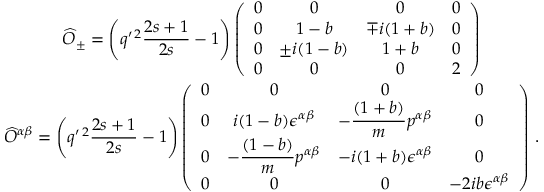
\begin{array} { c } { { \displaystyle \widehat O _ { \pm } = \left( q ^ { \prime \, 2 } \frac { 2 s + 1 } { 2 s } - 1 \right) \left( \begin{array} { c c c c } { { 0 } } & { { 0 } } & { { 0 } } & { { 0 } } \\ { { 0 } } & { { 1 - b } } & { { \mp i ( 1 + b ) } } & { { 0 } } \\ { { 0 } } & { { \pm i ( 1 - b ) } } & { { 1 + b } } & { { 0 } } \\ { { 0 } } & { { 0 } } & { { 0 } } & { { 2 } } \end{array} \right) } } \\ { { \displaystyle \widehat O ^ { \alpha \beta } = \left( q ^ { \prime \, 2 } \frac { 2 s + 1 } { 2 s } - 1 \right) \left( \begin{array} { c c c c } { { 0 } } & { { 0 } } & { { 0 } } & { { 0 } } \\ { { 0 } } & { { i ( 1 - b ) \epsilon ^ { \alpha \beta } } } & { { \displaystyle - \frac { ( 1 + b ) } { m } p ^ { \alpha \beta } } } & { { 0 } } \\ { { 0 } } & { { \displaystyle - \frac { ( 1 - b ) } { m } p ^ { \alpha \beta } } } & { { - i ( 1 + b ) \epsilon ^ { \alpha \beta } } } & { { 0 } } \\ { { 0 } } & { { 0 } } & { { 0 } } & { { - 2 i b \epsilon ^ { \alpha \beta } } } \end{array} \right) \, . } } \end{array}